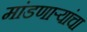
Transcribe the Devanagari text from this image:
मांडणार्‍यांचा